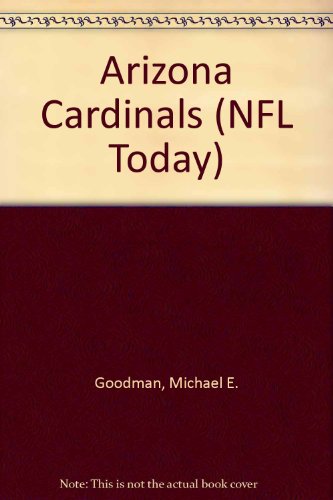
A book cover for Arizona Cardinals (NFL Today); Michael E. Goodman; Teen & Young Adult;